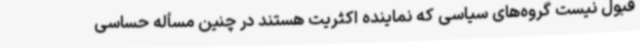
قبول نیست گروه‌های سیاسی که نماینده اکثریت هستند در چنین مسأله حساسی